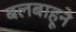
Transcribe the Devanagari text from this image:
बलबाहूने